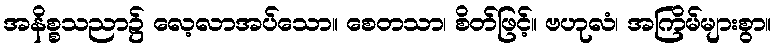
အနိစ္စသညာ၌ လေ့လာအပ်သော။ စေတသာ၊ စိတ်ဖြင့်။ ဗဟုလံ၊ အကြိမ်များစွာ။